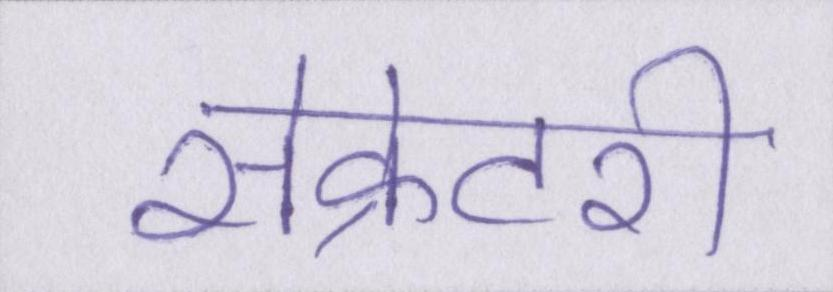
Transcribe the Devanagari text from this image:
सेक्रेटरी